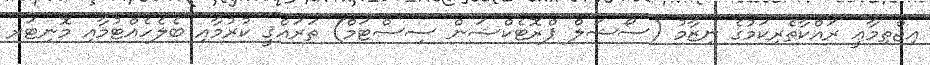
އިޖްތިމާޢީ ރައްކާތެރިކަމުގެ ނިޒާމު (ސޯޝަލް ޕްރޮޓެކްޝަން ސިސްޓަމް) ތަރައްޤީ ކުރުމާއި ބެލެހެއްޓުމާއި މޮނިޓަރ